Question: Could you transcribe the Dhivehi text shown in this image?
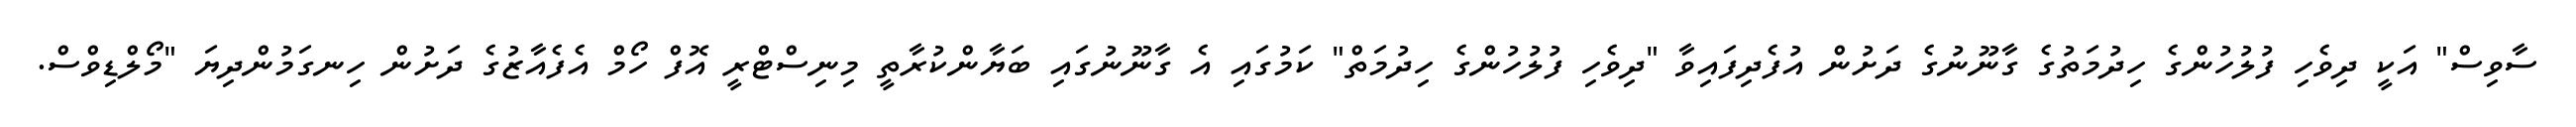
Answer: ސާވިސް" އަކީ ދިވެހި ފުލުހުންގެ ހިދުމަތުގެ ގާނޫނުގެ ދަށުން އުފެދިފައިވާ "ދިވެހި ފުލުހުންގެ ހިދުމަތް" ކަމުގައި އެ ގާނޫނުގައި ބަޔާންކުރާތީ މިނިސްޓްރީ އޮފް ހޯމް އެފެއާޒުގެ ދަށުން ހިނގަމުންދިޔަ "މޯލްޑިވްސް.